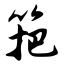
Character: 筢